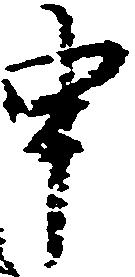
申